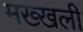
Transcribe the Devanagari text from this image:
मख्खली